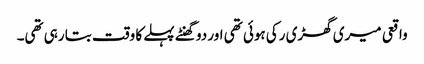
واقعی میری گھڑی رکی ہوئی تھی اور دو گھنٹے پہلے کا وقت بتا رہی تھی۔